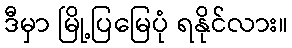
ဒီမှာ မြို့ပြမြေပုံ ရနိုင်လား။